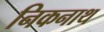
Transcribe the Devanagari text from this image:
निकनाथ